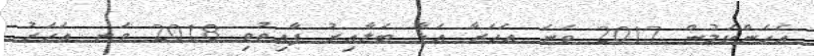
އެހެންކަމުން 2017 ވަނަ އަހަރާ އަޅާ ބަލާއިރު ފާއިތުވި 2018 ވަނ އަހަރު